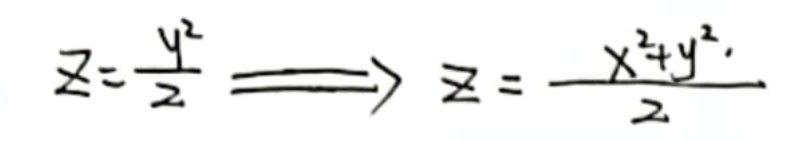
\[
z = \frac{y^{2}}{2} \Longrightarrow z = \frac{x^{2}+y^{2}}{2}
\]